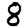
Digit: 8